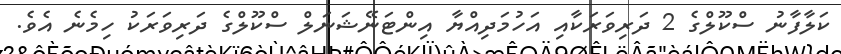
ކަލާފާނު ސްކޫލްގެ 2 ދަރިވަރަކާއި އަހުމަދިއްޔާ އިންޓަނޭޝަނަލް ސްކޫލްގެ ދަރިވަރަކު ހިމެނެ އެވެ.